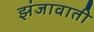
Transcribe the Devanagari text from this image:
झंजावाती